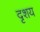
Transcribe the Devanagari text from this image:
दृशय